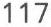
117